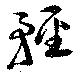
輕